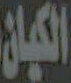
الكيان